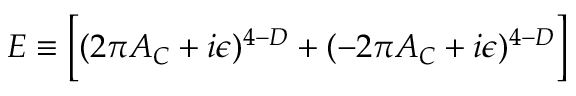
{ \cal E } \equiv \Bigl [ ( 2 \pi { \cal A } _ { C } + i \epsilon ) ^ { 4 - D } + ( - 2 \pi { \cal A } _ { C } + i \epsilon ) ^ { 4 - D } \Bigr ]